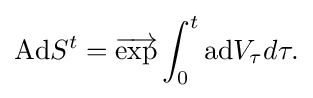
\displaystyle {\mathrm {Ad} S^{t}={\overrightarrow {\mathrm {exp} }}\int _{0}^{t}\mathrm {ad} V_{\tau }d\tau .}